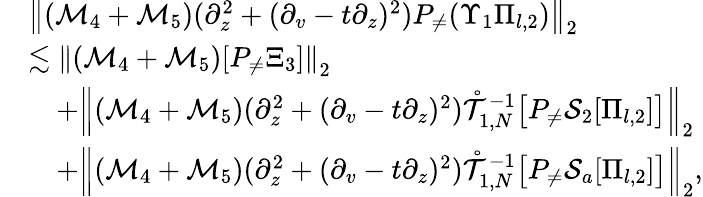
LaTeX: \begin{array}{rl}&{\left\| (\mathcal{M}_{4}+\mathcal{M}_{5})(\partial_{z}^{2}+(\partial_{v}-t\partial_{z})^{2})P_{\neq}(\Upsilon_{1}\Pi_{l,2})\right\| _{2}}\\ &{\lesssim\left\| (\mathcal{M}_{4}+\mathcal{M}_{5})[P_{\neq}\Xi_{3}]\right\| _{2}}\\ &{\quad+\left\| (\mathcal{M}_{4}+\mathcal{M}_{5})(\partial_{z}^{2}+(\partial_{v}-t\partial_{z})^{2})\mathring{\mathcal{T}}_{1,N}^{-1}\big[P_{\neq}\mathcal{S}_{2}[\Pi_{l,2}]\big]\right\| _{2}}\\ &{\quad+\left\| (\mathcal{M}_{4}+\mathcal{M}_{5})(\partial_{z}^{2}+(\partial_{v}-t\partial_{z})^{2})\mathring{\mathcal{T}}_{1,N}^{-1}\big[P_{\neq}\mathcal{S}_{a}[\Pi_{l,2}]\big]\right\| _{2},}\end{array}